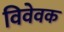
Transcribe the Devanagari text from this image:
विवेवक